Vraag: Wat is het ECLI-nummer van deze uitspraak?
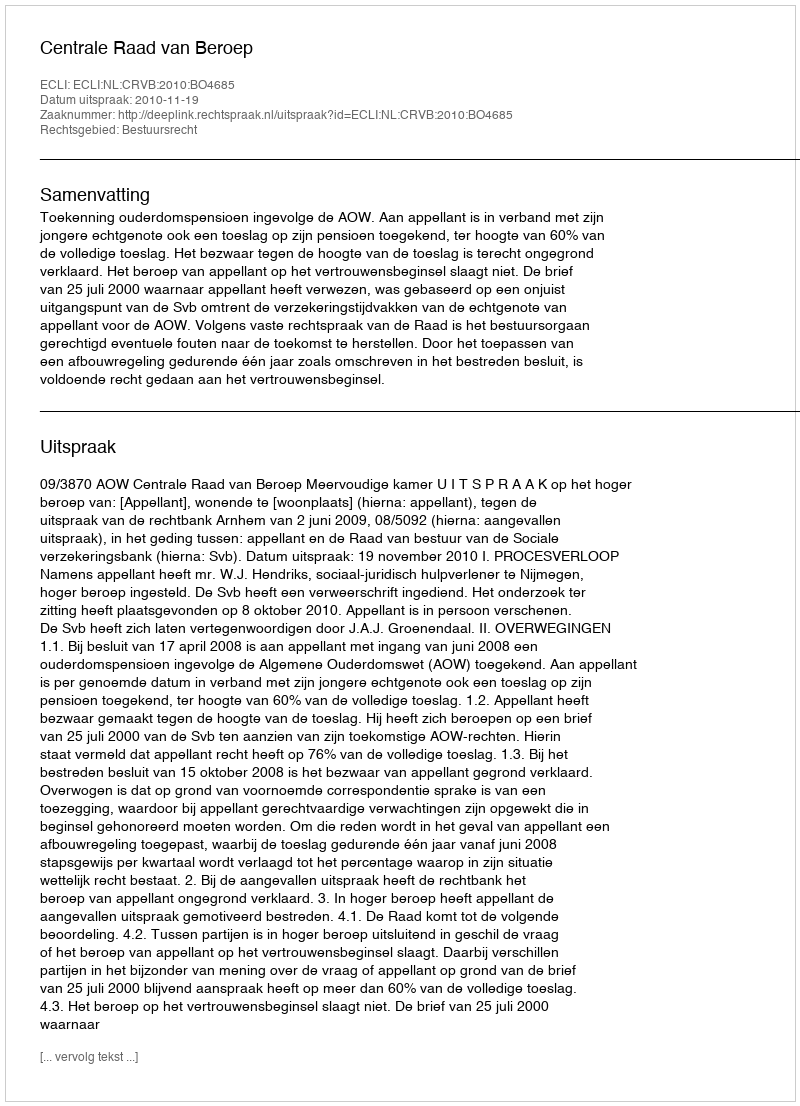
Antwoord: ECLI:NL:CRVB:2010:BO4685